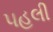
પહલી